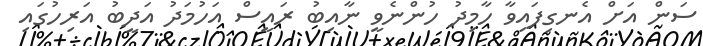
ސަން އަށް އެނގިފައިވާ ހާމިދު ހުންނެވީ ނާއިބު ރައީސް އަހުމަދު އަދީބު އަރިހުގައި